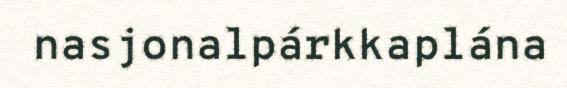
nasjonalpárkkaplána